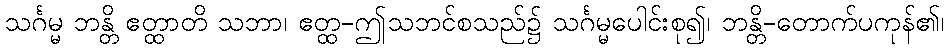
သင်္ဂမ္မ ဘန္တိ ဧတ္ထာတိ သဘာ၊ ဧတ္ထ-ဤသဘင်စသည်၌ သင်္ဂမ္မပေါင်းစု၍၊ ဘန္တိ-တောက်ပကုန်၏၊